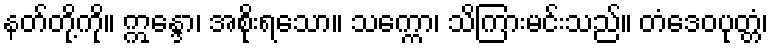
နတ်တို့ကို။ ဣန္ဒော၊ အစိုးရသော။ သက္ကော၊ သိကြားမင်းသည်။ တံဒေဝပုတ္တံ၊